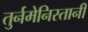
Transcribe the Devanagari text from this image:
तुर्नमेनिस्तानी